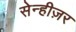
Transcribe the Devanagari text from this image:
सेन्हीज़र